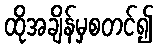
ထိုအချိန်မှစတင်၍